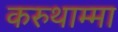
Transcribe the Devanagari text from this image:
करुथाम्मा